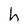
Character: h